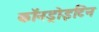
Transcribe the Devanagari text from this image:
कॉनड्रोइटिन